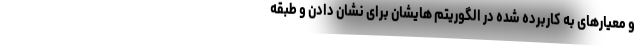
و معیارهای به کاربرده شده در الگوریتم هایشان برای نشان دادن و طبقه